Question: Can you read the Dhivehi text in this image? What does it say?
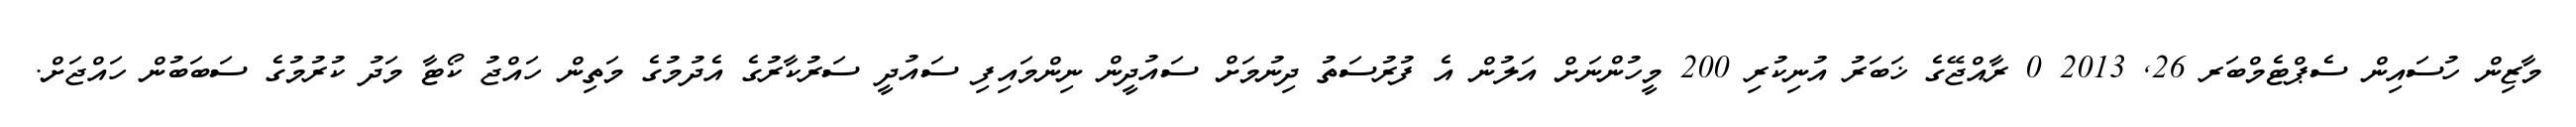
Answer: މާޒިން ހުސައިން ސެޕްޓެމްބަރ 26, 2013 0 ރާއްޖޭގެ ޚަބަރު އުނިކުރި 200 މީހުންނަށް އަލުން އެ ފުރުސަތު ދިނުމަށް ސައުދީން ނިންމައިފި ސައުދީ ސަރުކާރުގެ އެދުމުގެ މަތިން ހައްޖު ކޯޓާ މަދު ކުރުމުގެ ސަބަބުން ހައްޖަށް.